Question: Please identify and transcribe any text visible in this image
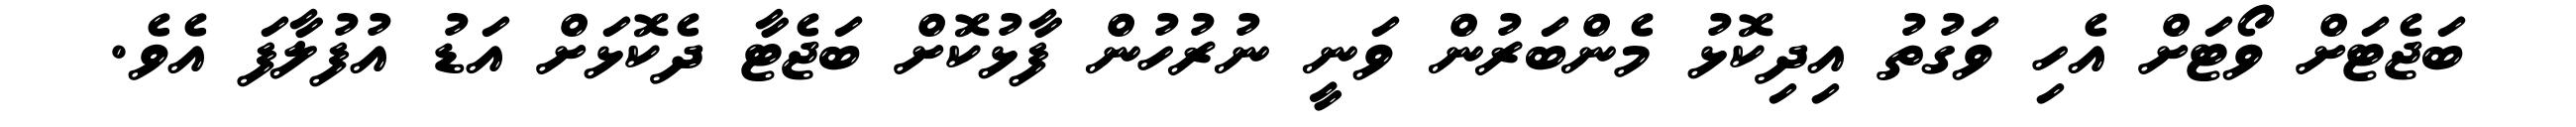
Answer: ބަޖެޓަށް ވޯޓަށް އެހި ވަގުތު އިދިކޮޅު މެންބަރުން ވަނީ ނުރުހުން ފާޅުކޮށް ބަޖެޓާ ދެކޮޅަށް އަޑު އުފުލާފަ އެވެ.